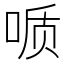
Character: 𫪪